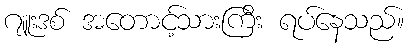
ဂျူးဒစ် အတောင့်သားကြီး ရပ်နေသည်။